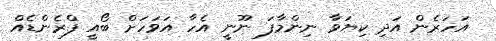
އަހަރެން އަދި ކިޔަވާ ނިންމާފަ ނޫނީ އެހާ އަވަހަށް ބޯއީ ފްރެންޑެއް